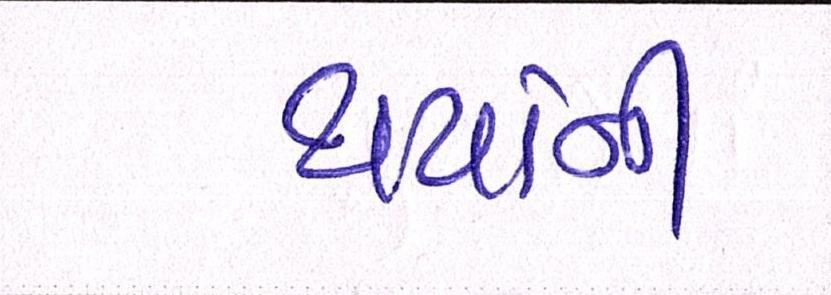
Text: થયાંની